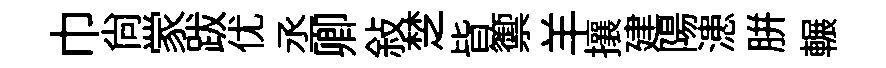
巾尚䝉跋优丞卿敍椘皆籞羊攘建陽漶胼輾